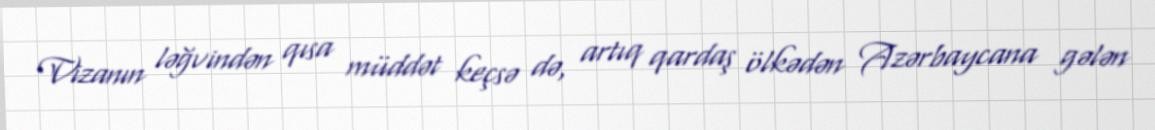
Vizanın ləğvindən qısa müddət keçsə də, artıq qardaş ölkədən Azərbaycana gələn